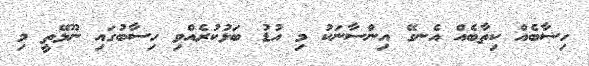
ހިސާބެއް ކިތާބެއް އެނގޭ އިންސާނަކު މި އުޑު ބަޅުކުރެއްވި ހިސާބުގައި ނޫޅޭތީ މި